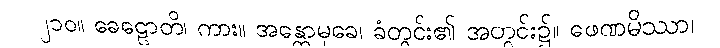
၂၁၀။ ခေဠောတိ၊ ကား။ အန္တောမုခေ၊ ခံတွင်း၏ အတွင်း၌။ ဖေဏမိဿာ၊